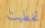
تخطيت